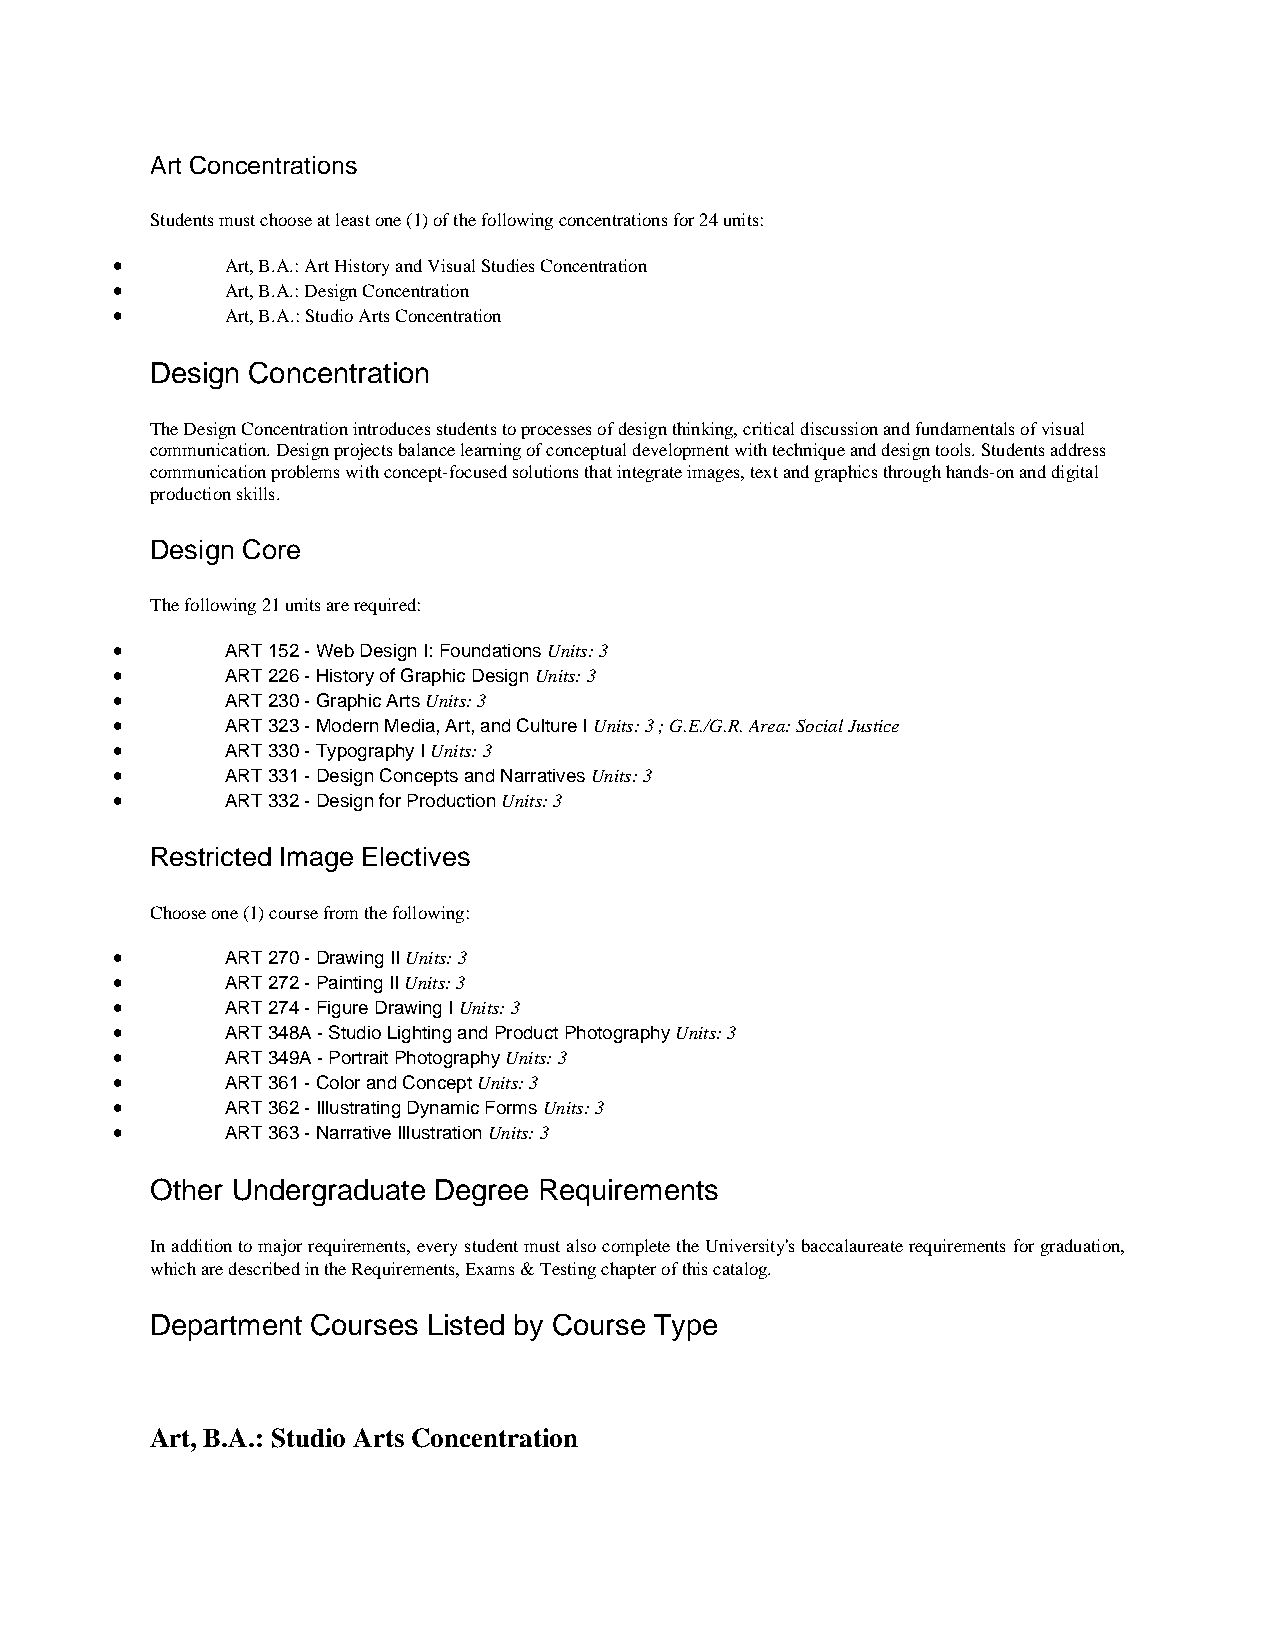
Art Concentrations
 Students must choose at least one (1) of the following concentrations for 24 units:
 •       Art, B.A.: Art History and Visual Studies Concentration
 •       Art, B.A.: Design Concentration
 •       Art, B.A.: Studio Arts Concentration
 Design Concentration
 The Design Concentration introduces students to processes of design thinking, critical discussion and fundamentals of visual
 communication. Design projects balance learning of conceptual development with technique and design tools. Students address
 communication problems with concept-focused solutions that integrate images, text and graphics through hands-on and digital
 production skills.
 Design Core
 The following 21 units are required:
 •       ART 152 - Web Design I: Foundations Units: 3
 •       ART 226 - History of Graphic Design Units: 3
 •       ART 230 - Graphic Arts Units: 3
 •       ART 323 - Modern Media, Art, and Culture I Units: 3 ; G.E./G.R. Area: Social Justice
 •       ART 330 - Typography I Units: 3
 •       ART 331 - Design Concepts and Narratives Units: 3
 •       ART 332 - Design for Production Units: 3
 Restricted Image Electives
 Choose one (1) course from the following:
 •       ART 270 - Drawing II Units: 3
 •       ART 272 - Painting II Units: 3
 •       ART 274 - Figure Drawing I Units: 3
 •       ART 348A - Studio Lighting and Product Photography Units: 3
 •       ART 349A - Portrait Photography Units: 3
 •       ART 361 - Color and Concept Units: 3
 •       ART 362 - Illustrating Dynamic Forms Units: 3
 •       ART 363 - Narrative Illustration Units: 3
 Other Undergraduate Degree Requirements
 In addition to major requirements, every student must also complete the University's baccalaureate requirements for graduation,
 which are described in the Requirements, Exams & Testing chapter of this catalog.
 Department Courses Listed by Course Type
 Art, B.A.: Studio Arts Concentration